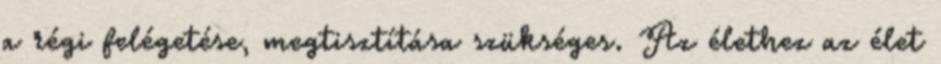
a régi felégetése, megtisztítása szükséges. Az élethez az élet